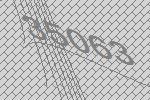
35063